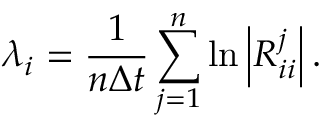
\lambda _ { i } = \frac { 1 } { n \Delta t } \sum _ { j = 1 } ^ { n } \ln { \left| R _ { i i } ^ { j } \right| } \, .